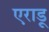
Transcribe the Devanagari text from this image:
एराडू